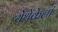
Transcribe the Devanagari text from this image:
येथेकेली